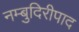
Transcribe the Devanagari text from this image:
नम्बुदिरीपाद